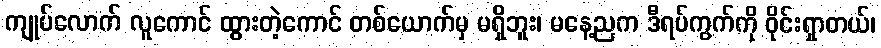
ကျုပ်လောက် လူကောင် ထွားတဲ့ကောင် တစ်ယောက်မှ မရှိဘူး၊ မနေ့ညက ဒီရပ်ကွက်ကို ဝိုင်းရှာတယ်၊